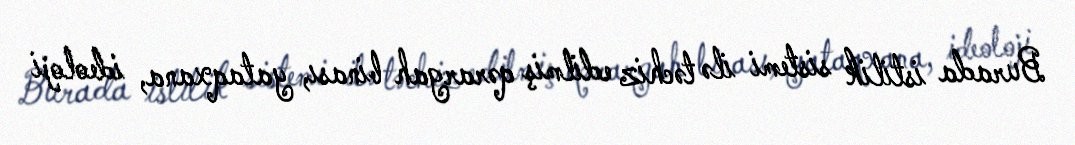
Burada istilik sistemi ilə təchiz edilmiş qərargah binası, yataqxana, ideoloji